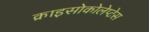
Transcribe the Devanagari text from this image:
क्राइसोकोलेप्टेस